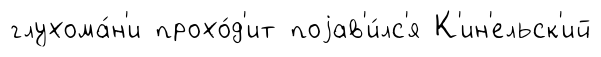
глухома́н'и прохо́д'ит поjав'и́лс'я К'ин'ельск'ий